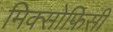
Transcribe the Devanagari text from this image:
मिक्सोफ़िसी